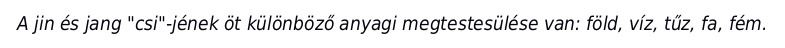
A jin és jang "csi"-jének öt különböző anyagi megtestesülése van: föld, víz, tűz, fa, fém.